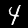
Label: 4